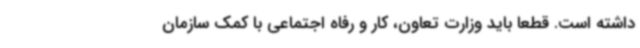
داشته است. قطعاً باید وزارت تعاون، کار و رفاه اجتماعی با کمک سازمان